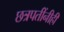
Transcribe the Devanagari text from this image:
छत्रपतींनीही